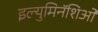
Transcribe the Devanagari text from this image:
इल्युमिनॅशिओ